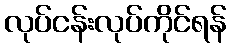
လုပ်ငန်းလုပ်ကိုင်ရန်